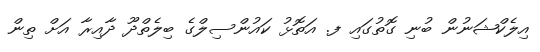
އިލެކްޝަނުން ބުނި ގޮތުގައި ފ. އަތޮޅު ކައުންސިލްގެ ބިލެތްދޫ ދާއިރާ އަށް ތިން